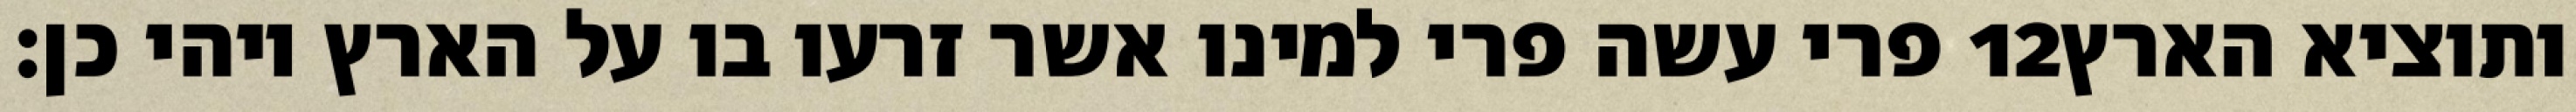
פרי עשה פרי למינו אשר זרעו בו על הארץ ויהי כן׃ ‎12‏ ותוציא הארץ